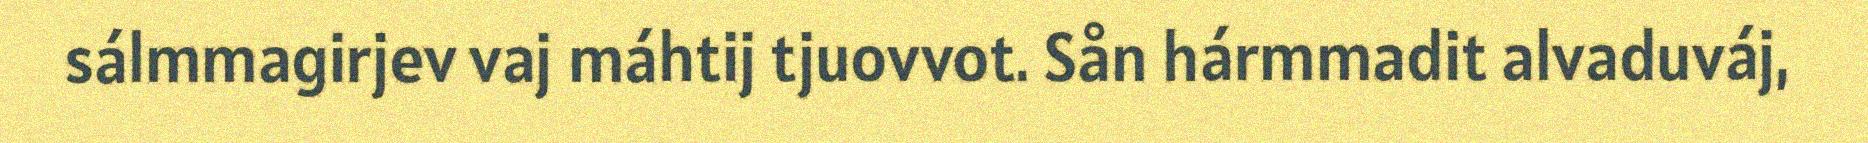
sálmmagirjev vaj máhtij tjuovvot. Sån hármmadit alvaduváj,